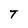
Character: T